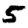
Digit: 5